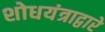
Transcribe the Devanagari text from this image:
शोधयंत्राद्वारे